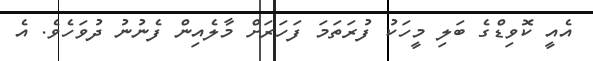
އެއީ ކޮވިޑްގެ ބަލި މީހަކު ފުރަތަމަ ފަހަރަށް މާލެއިން ފެނުނު ދުވަހެވެ. އެ